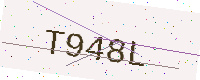
Text: T948L